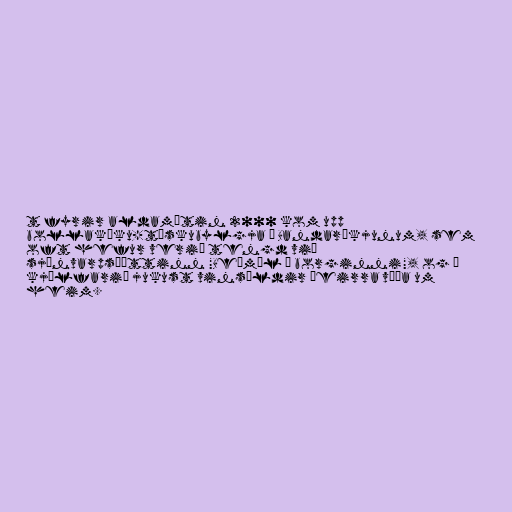
t fyrir aldamótin 2000 kom upp
bollaköku-tískubylgja í Bandaríkjunum, sem
oft hefur verið tengd við
sjónvarpsþáttinn "Beðmál í borginni", og í
kjölfarið jukust vinsældir þeirra víða um
heim.